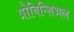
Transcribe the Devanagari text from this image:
प्रोविन्शिअल